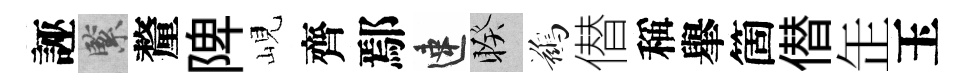
誣緊釐陴峴齊鄢速睽鷀僣稱𦦙箇僣𦈢玉